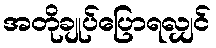
အတိုချုပ်ပြောရလျှင်